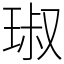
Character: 琡